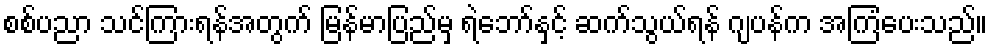
စစ်ပညာ သင်ကြားရန်အတွက် မြန်မာပြည်မှ ရဲဘော်နှင့် ဆက်သွယ်ရန် ဂျပန်က အကြံပေးသည်။